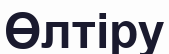
Өлтіру